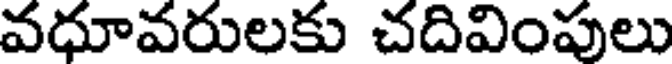
వధూవరులకు చదివింపులు